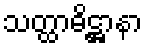
သတ္ထာဓိဋ္ဌာနာ